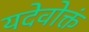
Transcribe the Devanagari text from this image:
यदेवोक्तं